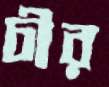
চীর